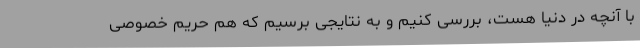
با آنچه در دنیا هست، بررسی کنیم و به نتایجی برسیم که هم حریم خصوصی